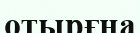
отырғна